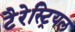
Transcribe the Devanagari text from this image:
टैरेस्ट्रियल